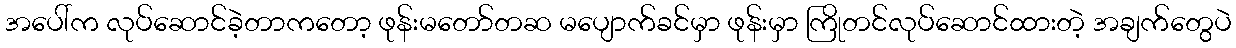
အပေါ်က လုပ်ဆောင်ခဲ့တာကတော့ ဖုန်းမတော်တဆ မပျောက်ခင်မှာ ဖုန်းမှာ ကြိုတင်လုပ်ဆောင်ထားတဲ့ အချက်တွေပဲ